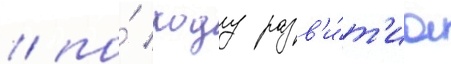
/ по́ ходу разв'и́т'иа